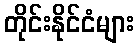
တိုင်းနိုင်ငံများ